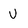
Character: V